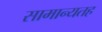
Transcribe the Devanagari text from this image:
सामान्यतह